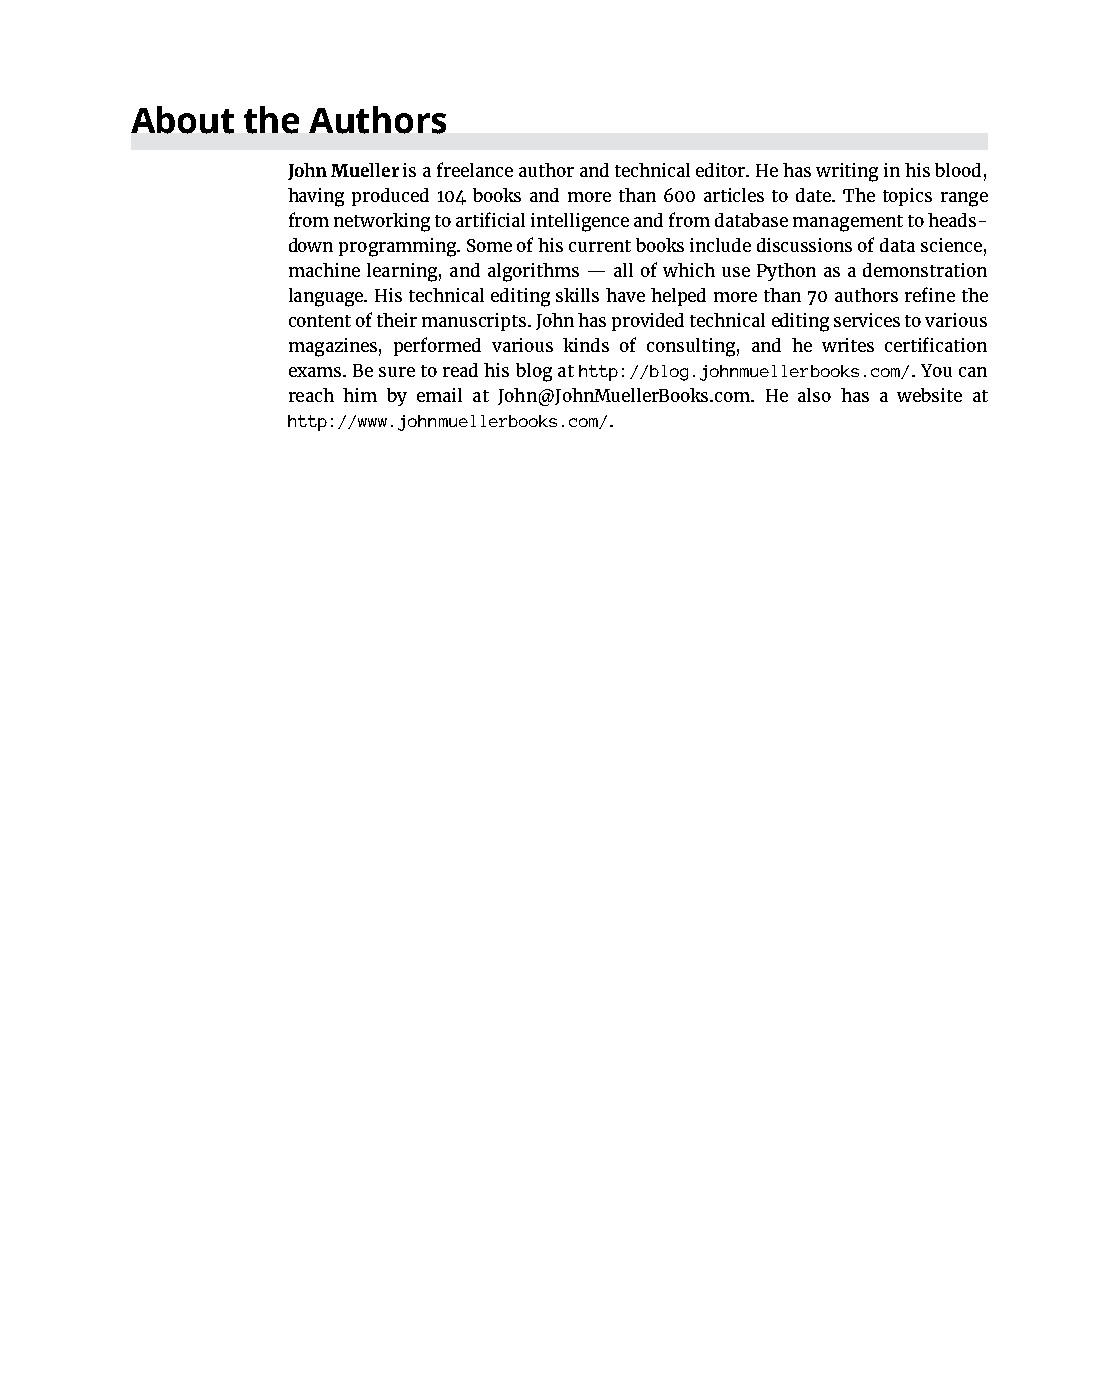
About  the Authors
 John Mueller is a freelance author and technical editor. He has writing in his blood,
 having produced 104 books and more than 600 articles to date. The topics range
 from networking to artificial intelligence and from database management to heads-
 down programming. Some of his current books include discussions of data science,
 machine learning, and algorithms — all of which use Python as a demonstration
 language. His technical editing skills have helped more than 70 authors refine the
 content of their manuscripts. John has provided technical e diting services to various
 magazines, performed various kinds of consulting, and he writes certification
 exams. Be sure to read his blog at http://blog. johnmuellerbooks.com/. You can
 reach him by email at John@JohnM uellerBooks.com. He also has a website at
 http://www.johnmuellerbooks.com/.